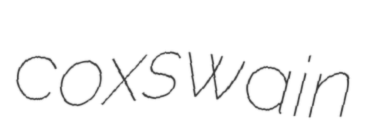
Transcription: coxswain